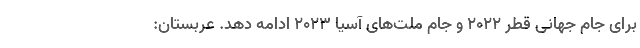
برای جام جهانی قطر ۲۰۲۲ و جام ملت‌های آسیا ۲۰۲۳ ادامه دهد. عربستان: